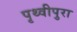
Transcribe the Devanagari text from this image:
पृथ्वीपुरा